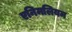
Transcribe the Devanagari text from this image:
एनिमलियम